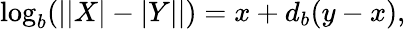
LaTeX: \log_{b}(||X|-|Y||)=x+d_{b}(y-x),